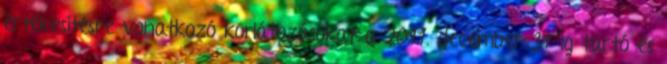
értékesítésre vonatkozó korlátozásokat a 2011. december 31-ig tartó és